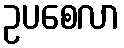
ဥပစေလာ